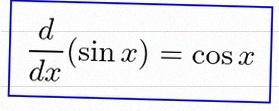
\frac{d}{dx}(\sin x)=\cos x